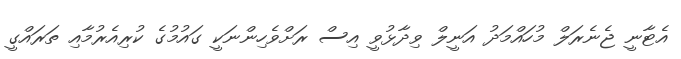
އެޓާނީ ޖެނެރަލް މުހައްމަދު އަނީލް ވިދާޅުވީ އިސް ރަށްވެހިންނަކީ ގައުމުގެ ކުރިއެރުމާއި ތަރައްގީ